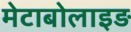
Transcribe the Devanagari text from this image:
मेटाबोलाइड़